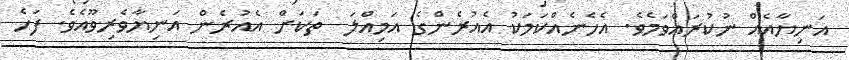
އަނިޔާއެއް ނުކުރައްވަމެވެ. އެހެނެއްކަމަކު އެއުރެންގެ އަމިއްލަ  ތަކަށް އެއުރެން އަނިޔާވެރިވޫއެވެ. ފަހެ